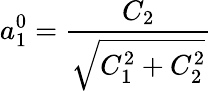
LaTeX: a_{1}^{0}=\frac{C_{2}}{\sqrt{C_{1}^{2}+C_{2}^{2}}}